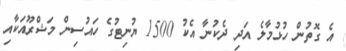
އެ ގޮތުން ހުޅުމާލެ އަދި ދެކުނާ އެކު 1500 ޔުނިޓުގެ ހައުސިން މަޝްރޫއަކާއި